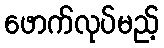
ဖောက်လုပ်မည့်